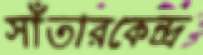
সাঁতারকেন্দ্র